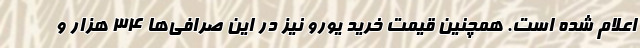
اعلام شده است. همچنین قیمت خرید یورو نیز در این صرافی‌ها ۳۴ هزار و